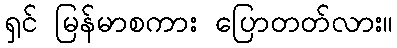
ရှင် မြန်မာစကား ပြောတတ်လား။